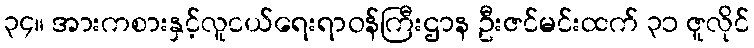
၃၄။ အားကစားနှင့်လူငယ်ရေးရာဝန်ကြီးဌာန ဦးဇင်မင်းထက် ၃၁ ဇူလိုင်